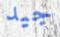
جيد